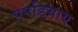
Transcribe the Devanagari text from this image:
पपडियाए